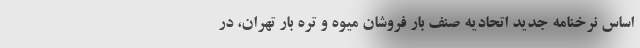
اساس نرخنامه جدید اتحادیه صنف بار فروشان میوه و تره بار تهران، در